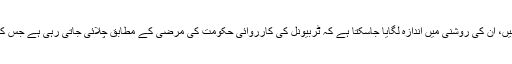
اس مضمون میں جو الزامات سامنے آئے ہیں، اُن کی روشنی میں اندازہ لگایا جاسکتا ہے کہ ٹربیونل کی کارروائی حکومت کی مرضی کے مطابق چلائی جاتی رہی ہے جس کے نتیجے میں شفافیت داؤ پر لگ گئی ہے۔